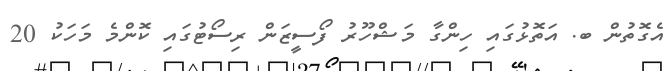
އެގޮތުން ބ. އަތޮޅުގައި ހިންގާ މަޝްހޫރު ފޯސީޒަން ރިސޯޓުގައި ކޮންމެ މަހަކު 20